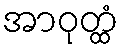
အာဝုတ္ထံ